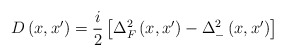
\begin{align*}\;D\left( x,x^{\prime }\right) =\frac i2\left[ \Delta _F^2\left( x,x^{\prime}\right) -\Delta _{-}^2\left( x,x^{\prime }\right) \right]\end{align*}